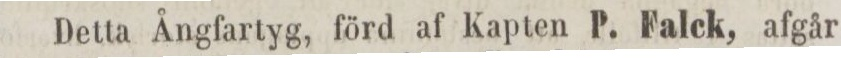
Detta Ångfartyg, förd af Kapten P. Falck, afgår